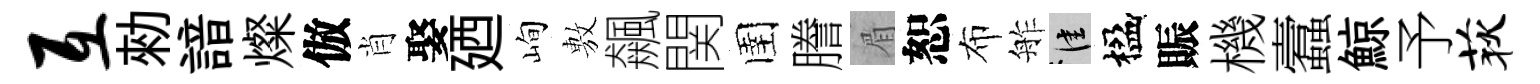
互勑諳燦倣肖娶廼峋𢾾飆関圉謄眉恕布舴佳楹賑機蠧鯨予荻